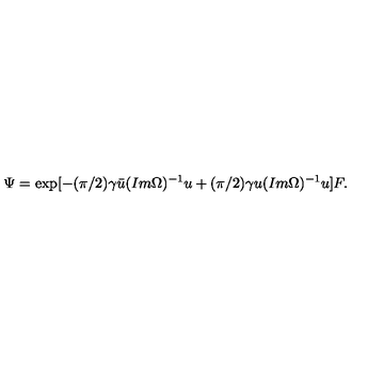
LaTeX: \Psi = \exp [ - ( \pi / 2 ) \gamma \bar { u } ( I m \Omega ) ^ { - 1 } u + ( \pi / 2 ) \gamma u ( I m \Omega ) ^ { - 1 } u ] F .